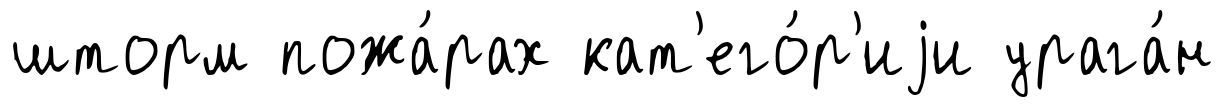
шторм пожа́рах кат'его́р'иjи урага́н